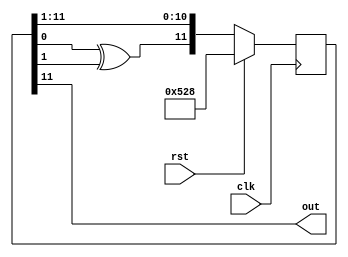
`timescale 1ns / 1ps

module LFSR #(
    parameter WAY_LOG = 1
) (
    input   wire                clk,
    input   wire                rst,
    output  wire [WAY_LOG-1:0]  out
);

    reg [11 :0] x;
    always @(posedge clk) begin
        if (rst) begin
            x <= {4'd5, 4'd2, 4'd8};
        end else begin
            x <= {x[0] ^ x[1], x[11 :1]};
        end
    end

    assign out = x[11:11-WAY_LOG+1];
endmodule